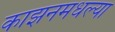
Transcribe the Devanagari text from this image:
काझनमधल्या